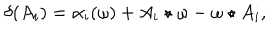
\delta ( A _ { i } ) = \alpha _ { i } ( \omega ) + A _ { i } \star \omega - \omega \star A _ { i } ,